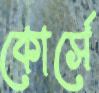
কোর্সে